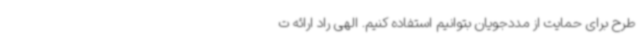
طرح برای حمایت از مددجویان بتوانیم استفاده کنیم. الهی راد ارائه ت